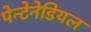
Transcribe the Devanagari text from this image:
पेन्टेनेडियल